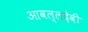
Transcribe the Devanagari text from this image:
आवल्लदेवी